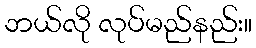
ဘယ်လို လုပ်မည်နည်း။